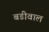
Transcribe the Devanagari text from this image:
बडीवाल